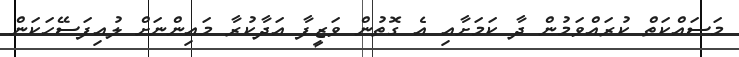
މަސައްކަތް ކުރައްވަމުން ދާ ކަމަށާއި އެ ގޮތުން ވަޒީފާ އަދާކުރާ މައިންނަށް ލުއިފަސޭހަކަން